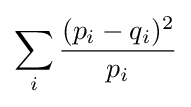
\sum _{i}{\frac {(p_{i}-q_{i})^{2}}{p_{i}}}